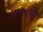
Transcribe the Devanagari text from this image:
लिम्फोसाईट्सवर